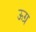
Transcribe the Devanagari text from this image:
ऊग्र